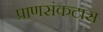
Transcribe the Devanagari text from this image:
प्राणसंकटास